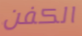
الكفن